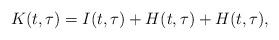
LaTeX: \begin{align*}K(t,\tau)=I(t,\tau)+H(t,\tau)+H(t,\tau),\end{align*}